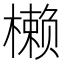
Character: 𰘳